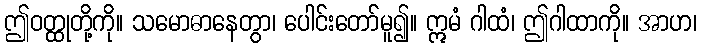
ဤဝတ္ထုတို့ကို။ သမောဓာနေတွာ၊ ပေါင်းတော်မူ၍။ ဣမံ ဂါထံ၊ ဤဂါထာကို။ အာဟ၊